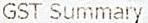
GST SUMMARY